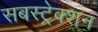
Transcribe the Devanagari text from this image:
सबस्ट्रेक्शन